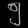
Digit: ၅